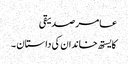
عامر صدیقی
کایستھ خاندان کی داستان ۔